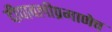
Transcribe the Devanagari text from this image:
दीपावलीप्रमाणेच